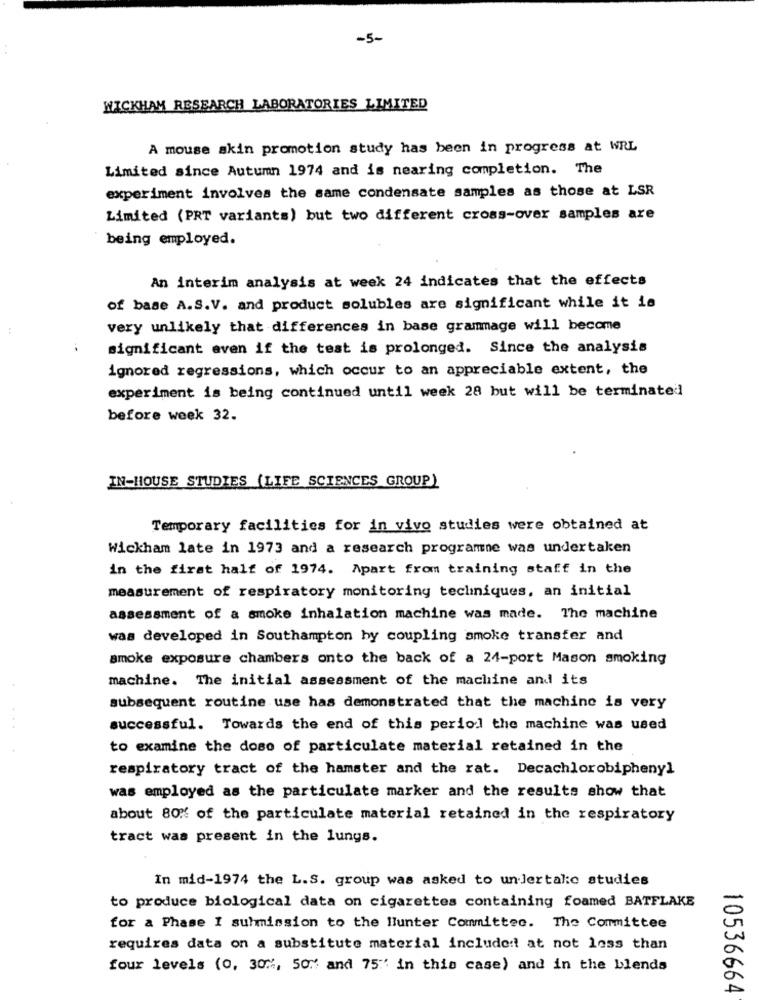
-5-
WICKHAM RESEARCH LABORATORIES LIMITED
A mouse skin promotion study has been in progress at WRL
Limited since Autumn 1974 and is nearing completion. The
experiment involves the same condensate samples as those at LSR
Limited (PRT variants) but two different cross-over samples are
being employed.
An interim analysis at week 24 indicates that the effects
of base A.S.V. and product solubles are significant while it is
very unlikely that differences in base grammage will become
significant even if the test is prolonged. Since the analysis
ignored regressions, which occur to an appreciable extent, the
experiment is being continued until week 28 but will be terminated
before week 32.
IN-HOUSE STUDIES (LIFE SCIENCES GROUP)
Temporary facilities for in vivo studies were obtained at
Wickham late in 1973 and a research programne was undertaken
in the first half of 1974. Apart from training staff in the
measurement of respiratory monitoring techniques, an initial
assessment of a smoke inhalation machine was made. The machine
was developed in Southampton by coupling smoke transfer and
smoke exposure chambers onto the back of a 24-port Mason smoking
machine. The initial assessment of the machine and its
subsequent routine use has demonstrated that the machine is very
..
successful. Towards the end of this period the machine was used
to examine the doso of particulate material retained in the
respiratory tract of the hamster and the rat. Decachlorobiphenyl
was employed as the particulate marker and the results show that
about 80% of the particulate material retained in the respiratory
tract was present in the lungs.
In mid-1974 the L.S. group was asked to undertale studies
to produce biological data on cigarettes containing foamed BATFLAKE
for a Phase I suhmission to the Hunter Committee. The Committee
requires data on a substitute material included at not less than
four levels (0, 30%, 50:' and 75"' in this case) and in the blends
10536664